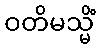
ဝတိမသ္မိံ